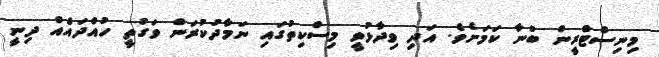
މިނިސްޓްރީން ބުނާ ކަމަށެވެ. އަދި ވިދާޅުވީ މިސްކިތުގައި ނަމާދުކުރަން ވަގުތީ ހުއްދައެއް ދިނީ